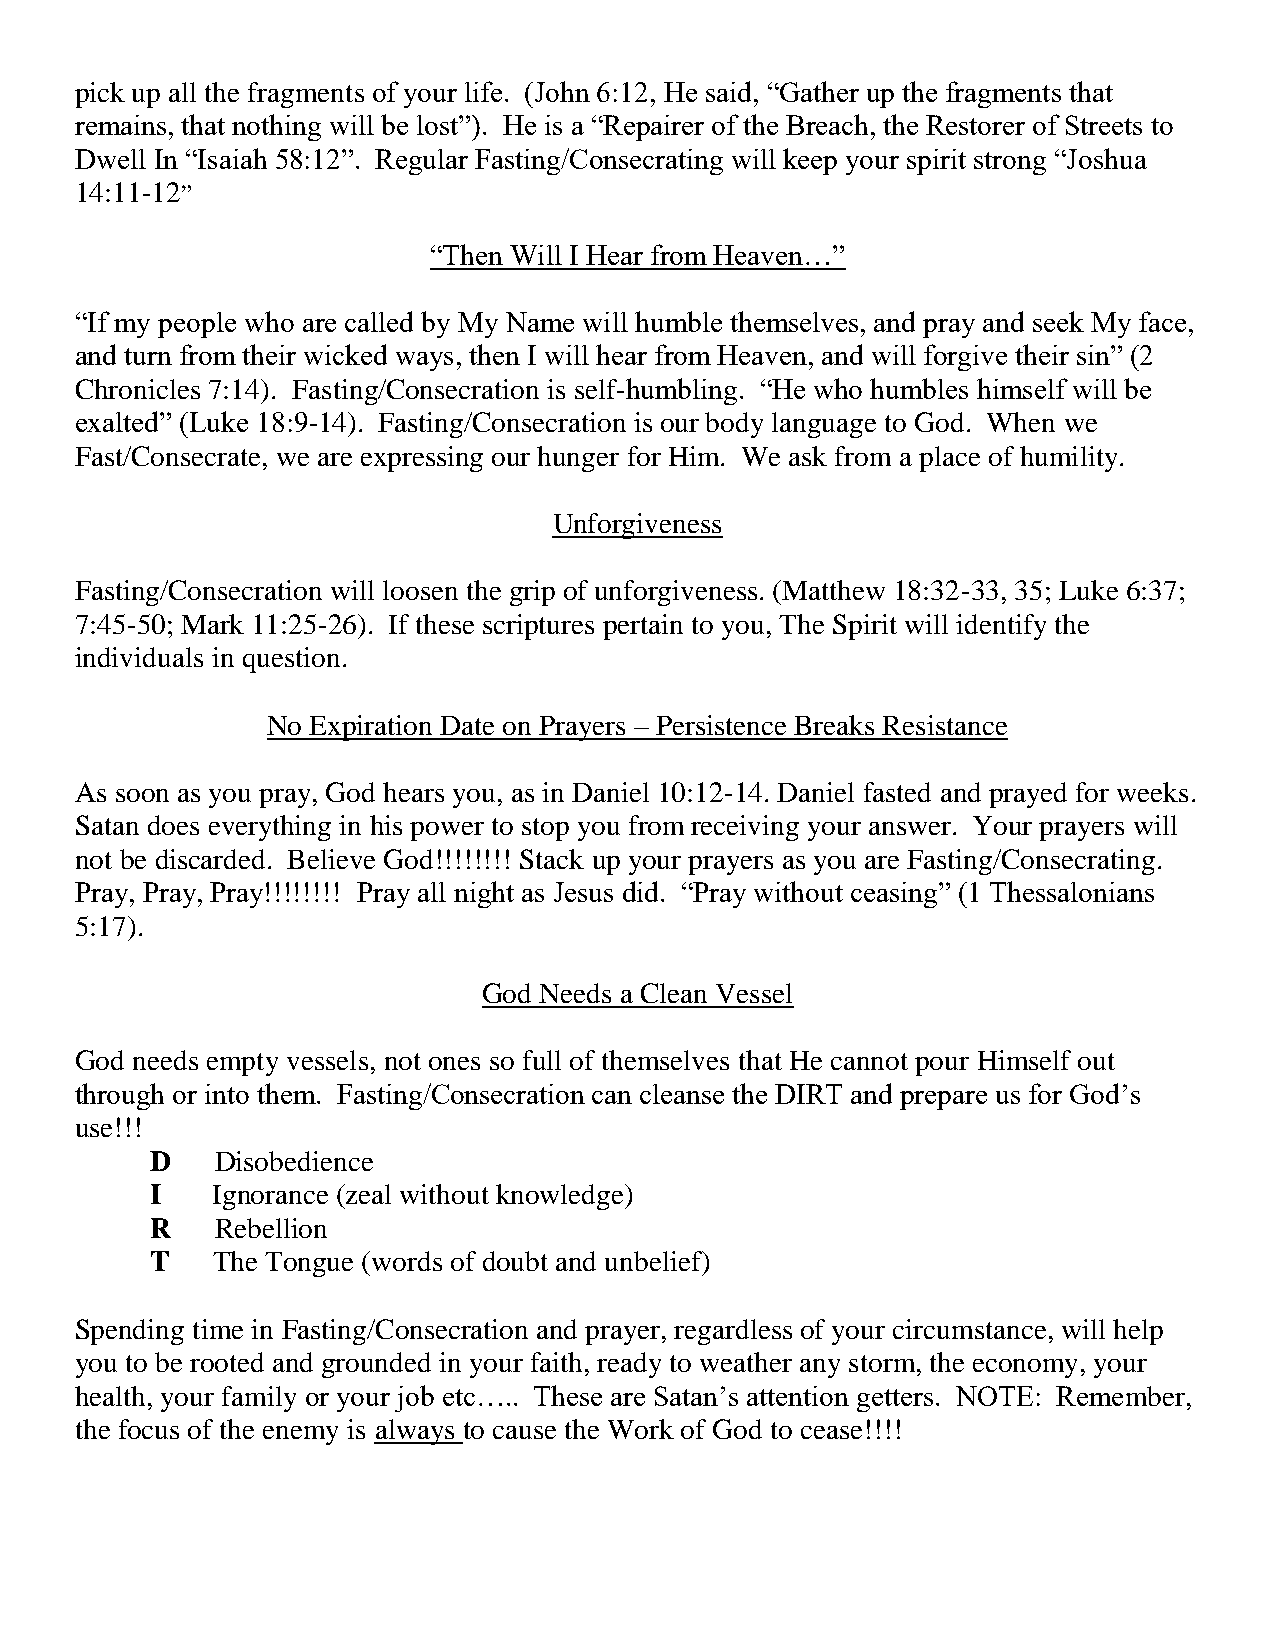
pick up all the fragments of your life. (John 6:12, He said, “Gather up the fragments that
 remains, that nothing will be lost”). He is a “Repairer of the Breach, the Restorer of Streets to
 Dwell In “Isaiah 58:12”. Regular Fasting/Consecrating will keep your spirit strong “Joshua
 14:11-12”
 “Then Will I Hear from Heaven…”
 “If my people who are called by My Name will humble themselves, and pray and seek My face,
 and turn from their wicked ways, then I will hear from Heaven, and will forgive their sin” (2
 Chronicles 7:14). Fasting/Consecration is self-humbling. “He who humbles himself will be
 exalted” (Luke 18:9-14). Fasting/Consecration is our body language to God. When we
 Fast/Consecrate, we are expressing our hunger for Him. We ask from a place of humility.
 Unforgiveness
 Fasting/Consecration will loosen the grip of unforgiveness. (Matthew 18:32-33, 35; Luke 6:37;
 7:45-50; Mark 11:25-26). If these scriptures pertain to you, The Spirit will identify the
 individuals in question.
 No Expiration Date on Prayers – Persistence Breaks Resistance
 As soon as you pray, God hears you, as in Daniel 10:12-14. Daniel fasted and prayed for weeks.
 Satan does everything in his power to stop you from receiving your answer. Your prayers will
 not be discarded. Believe God!!!!!!!! Stack up your prayers as you are Fasting/Consecrating.
 Pray, Pray, Pray!!!!!!!! Pray all night as Jesus did. “Pray without ceasing” (1 Thessalonians
 5:17).
 God Needs a Clean Vessel
 God needs empty vessels, not ones so full of themselves that He cannot pour Himself out
 through or into them. Fasting/Consecration can cleanse the DIRT and prepare us for God’s
 use!!!
 D   Disobedience
 I   Ignorance (zeal without knowledge)
 R   Rebellion
 T   The Tongue (words of doubt and unbelief)
 Spending time in Fasting/Consecration and prayer, regardless of your circumstance, will help
 you to be rooted and grounded in your faith, ready to weather any storm, the economy, your
 health, your family or your job etc….. These are Satan’s attention getters. NOTE: Remember,
 the focus of the enemy is always to cause the Work of God to cease!!!!